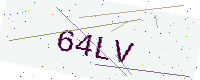
Text: 64LV